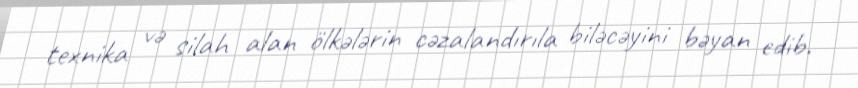
texnika və silah alan ölkələrin cəzalandırıla biləcəyini bəyan edib.